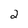
Character: 2